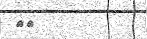
٢٥